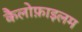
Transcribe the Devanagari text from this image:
कैलोफ़ाइलम